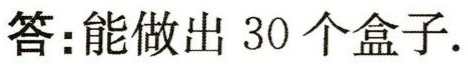
答：能做出 30 个盒子.